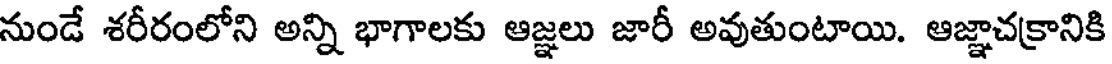
నుండే శరీరంలోని అన్ని భాగాలకు ఆజ్ఞలు జారీ అవుతుంటాయి. ఆజ్ఞాచక్రానికి